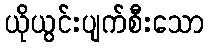
ယိုယွင်းပျက်စီးသော